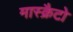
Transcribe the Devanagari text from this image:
मास्क्रैटो